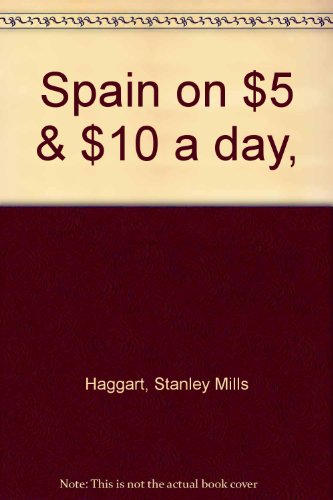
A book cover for Spain on $5 & $10 a day,; Stanley Mills Haggart; Travel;